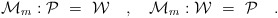
\begin{align*}{\cal M}_m : {\cal P} ~=~ {\cal W} ~~~,~~~ {\cal M}_m : {\cal W} ~=~{\cal P} ~~~.\end{align*}